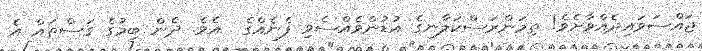
ޖައްސަވައިދެއްވާށެވެ! ތިމަންރަސްކަލާނގެ އުޑުންވެއްސެވި ފެނެއްގެ  އެވެ. ދެން ބިމުގެ ގަސްތައް އެ